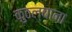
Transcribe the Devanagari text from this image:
कुठल्याना